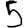
Digit: 5